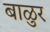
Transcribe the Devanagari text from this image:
बाळुर